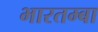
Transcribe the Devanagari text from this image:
भारतम्बा